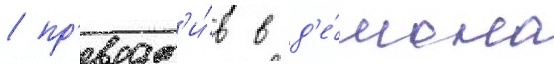
/ пр'еврат'и́в в д'е́мона